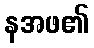
နအဖ၏